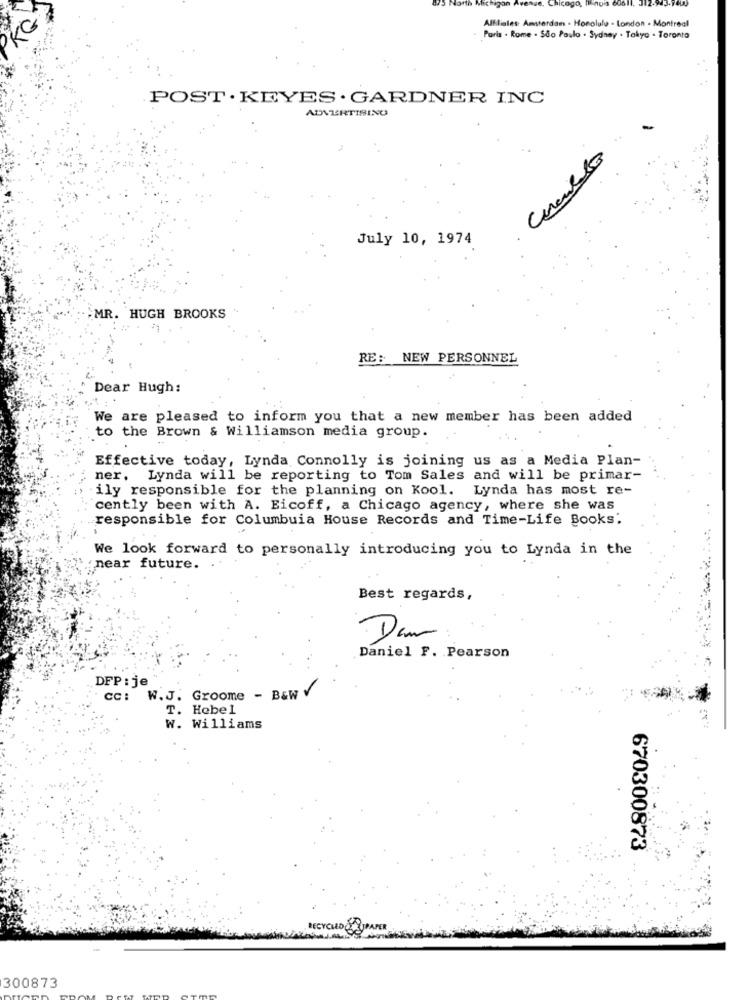
North Michigan Avenue, Chicago, linois 60611.
Affiliates Amsterdam . Honolulu - London - Montreal
Paris . Rome . São Paulo . Sydney . Tokyo . Toronto
POST . KEYES . GARDNER INC
ADVERTISING
July 10, 1974
MR. HUGH BROOKS
RE: NEW PERSONNEL
Dear Hugh:
We are pleased to inform you that a new member has been added
o the Brown & Williamson media group.
Effective today, Lynda Connolly is joining us as a Media Plan-
ner.
Lynda will be reporting to Tom Sales and will be primar-
ily responsible for the planning on Kool. Lynda has most re-
cently been with A. Eicoff, a Chicago agency, where she was
responsible for Columbuia House Records and Time-Life Books:
We look forward to personally introducing you to Lynda in the
near future.
Best regards,
Dem
Daniel F. Pearson
DFP : je
cc: W.J. Groome - B&W
T. Hebel
w. Williams
670300873
RECYCLEDORUJPAPER
300873